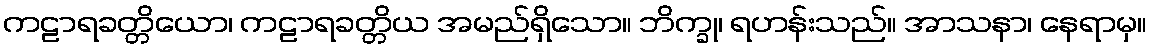
ကဠာရခတ္တိယော၊ ကဠာရခတ္တိယ အမည်ရှိသော။ ဘိက္ခု၊ ရဟန်းသည်။ အာသနာ၊ နေရာမှ။